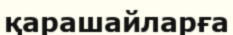
қарашайларға